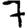
Digit: 7